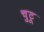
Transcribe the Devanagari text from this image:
चुटू